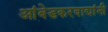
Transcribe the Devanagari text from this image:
आंबेडकरवाद्यांनी